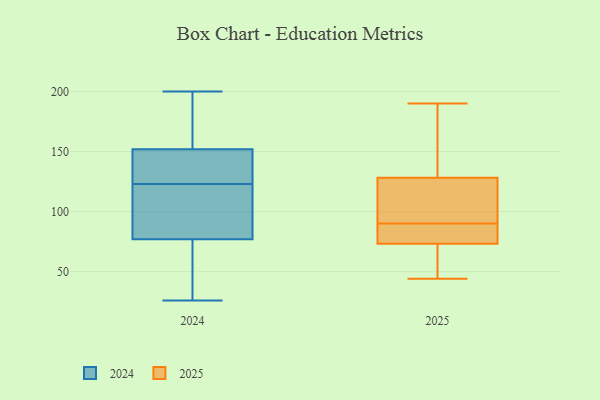
{"axis": {"x": "Shipments", "y": "Value"}, "legend": ["2024", "2025"], "data": [{"x": "", "y": 151, "type": "2025"}, {"x": "", "y": 190, "type": "2025"}, {"x": "", "y": 52, "type": "2025"}, {"x": "", "y": 81, "type": "2025"}, {"x": "", "y": 90, "type": "2025"}, {"x": "", "y": 65, "type": "2025"}, {"x": "", "y": 119, "type": "2025"}, {"x": "", "y": 121, "type": "2025"}, {"x": "", "y": 76, "type": "2025"}, {"x": "", "y": 44, "type": "2025"}, {"x": "", "y": 78, "type": "2025"}, {"x": "", "y": 109, "type": "2025"}, {"x": "", "y": 150, "type": "2025"}, {"x": "", "y": 114, "type": "2024"}, {"x": "", "y": 132, "type": "2024"}, {"x": "", "y": 187, "type": "2024"}, {"x": "", "y": 113, "type": "2024"}, {"x": "", "y": 56, "type": "2024"}, {"x": "", "y": 26, "type": "2024"}, {"x": "", "y": 161, "type": "2024"}, {"x": "", "y": 77, "type": "2024"}, {"x": "", "y": 136, "type": "2024"}, {"x": "", "y": 34, "type": "2024"}, {"x": "", "y": 200, "type": "2024"}, {"x": "", "y": 105, "type": "2024"}, {"x": "", "y": 133, "type": "2024"}, {"x": "", "y": 152, "type": "2024"}]}